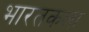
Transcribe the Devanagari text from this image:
भारतकला